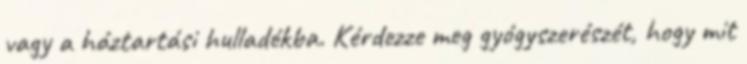
vagy a háztartási hulladékba. Kérdezze meg gyógyszerészét, hogy mit